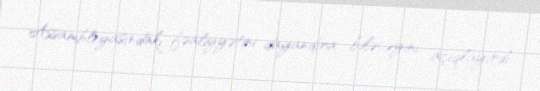
Assambleyasındakı fəaliyyətini dayandıra biləcəyini açıqlayırdı.